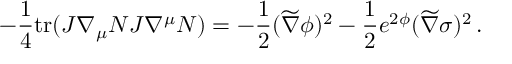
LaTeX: - { \frac { 1 } { 4 } } \mathrm { t r } ( J \nabla _ { \mu } N J \nabla ^ { \mu } N ) = - { \frac { 1 } { 2 } } ( \widetilde \nabla \phi ) ^ { 2 } - { \frac { 1 } { 2 } } e ^ { 2 \phi } ( \widetilde \nabla \sigma ) ^ { 2 } \, .